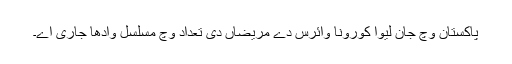
پاکستان وچ جان لیوا کورونا وائرس دے مریضاں دی تعداد وچ مسلسل وادھا جاری اے۔